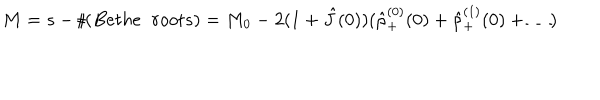
M = s - \sharp ( B e t h e \; \; r o o t s ) = M _ { 0 } - 2 ( 1 + \hat { J } ( 0 ) ) ( \hat { \rho } _ { + } ^ { ( 0 ) } ( 0 ) + \hat { \rho } _ { + } ^ { ( 1 ) } ( 0 ) + \dots )